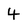
Character: 4